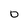
Character: 0